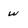
Character: w